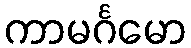
ကာမင်္ဂမော